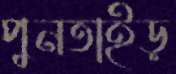
পুনতাইড়